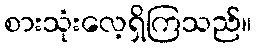
စားသုံးလေ့ရှိကြသည်။